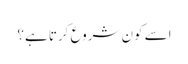
اسے کون شروع کرتا ہے؟